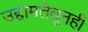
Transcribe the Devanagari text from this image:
उद्दामतेतूनही